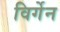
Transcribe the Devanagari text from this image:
विर्गेन